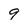
Character: 9